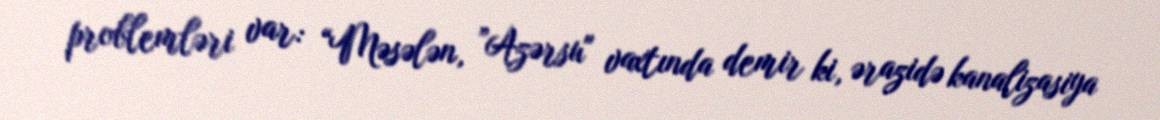
problemləri var: “Məsələn, ”Azərsu" vaxtında demir ki, ərazidə kanalizasiya